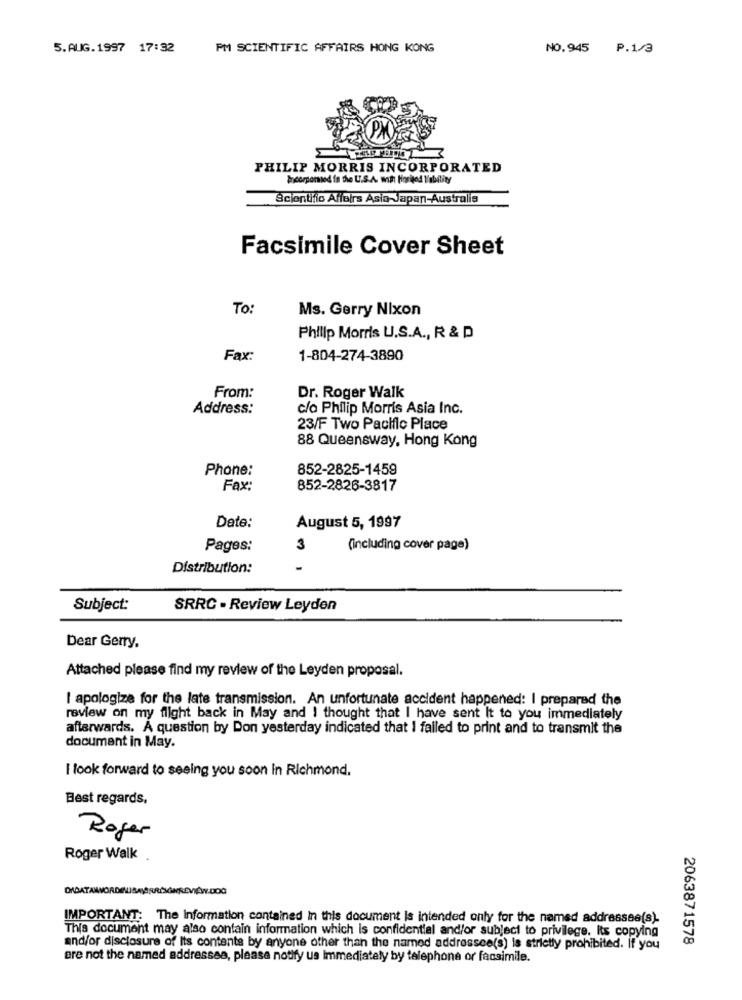
5.AUG.1997 17:32
PM SCIENTIFIC AFFAIRS HONG KONG
NO.945 P.1/3
PHILIP MORRIS INCORPORATED
Incorporsed in the U.S.A. with fioritod liability
Scientific Affairs Asia-Japan-Australia
Facsimile Cover Sheet
To:
Ms. Gerry Nixon
Philip Morris U.S.A ., R & D
Fax:
1-804-274-3890
Dr. Roger Walk
From:
Address:
c/o Philip Morris Asia Inc.
23/F Two Pacific Place
88 Queensway, Hong Kong
Phone:
852-2825-1459
Fax:
852-2826-3817
Date:
August 5, 1997
Pages:
3
(including cover page)
Distribution:
-
Subject:
SRRC - Review Leyden
Dear Gerry.
Attached please find my review of the Leyden proposal.
I apologize for the late transmission. An unfortunate accident happened: I prepared the
review on my flight back in May and I thought that I have sent It to you immediately
afterwards. A question by Don yesterday indicated that I failed to print and to transmit the
document in May.
I look forward to seeing you soon In Richmond.
Best regards,
Roger
Roger Walk .
IMPORTANT: The Information contained In this document is intended only for the named addressee(s).
This document may also contain information which is confidential and/or subject to privilege. Its copying
2063871578
and/or disclosure of Its contents by anyone other than the named addressee(s) is strictly prohibited. If you
are not the named addressea, please notify us Immediately by telephone or facsimile.